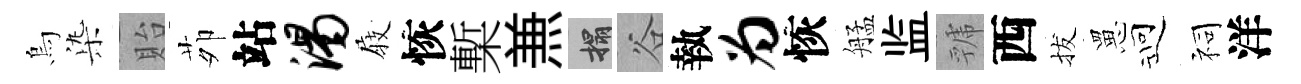
烏𣑱貽茆站渴𡲆恢槧𠔥搨谷執为恢艋监虢西拔罳迎祠洋